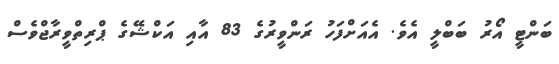
ބަންޓީ އޯރު ބަބްލީ އެވެ. އެއަށްފަހު ރަންވީރުގެ 83 އާއި އަކްޝޭގެ ޕްރިތްވީރާޖްވެސް